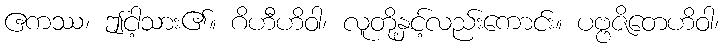
ဧကဿ၊ ဤငါ့သား၏။ ဂိဟီဟိဝါ၊ လူတို့နှင့်လည်းကောင်း။ ပဗ္ဗဇိတေဟိဝါ၊